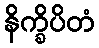
နိက္ခိပိတံ